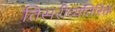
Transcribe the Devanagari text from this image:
तिसरीव्यतिरिक्त